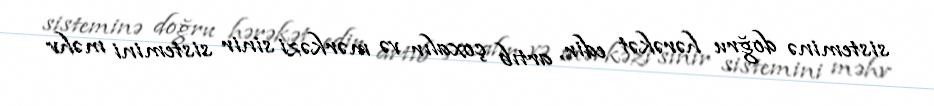
sisteminə doğru hərəkət edir, artıb çoxalır və mərkəzi sinir sistemini məhv